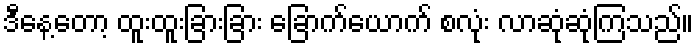
ဒီနေ့တော့ ထူးထူးခြားခြား ခြောက်ယောက် စလုံး လာဆုံဆုံကြသည်။